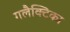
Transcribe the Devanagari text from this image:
गलैक्टिका